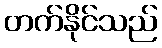
တက်နိုင်သည်